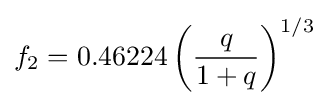
f_{2}=0.46224\left({\frac {q}{1+q}}\right)^{1/3}